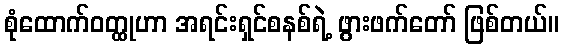
စုံထောက်ဝတ္ထုဟာ အရင်းရှင်စနစ်ရဲ့ ဖွားဖက်တော် ဖြစ်တယ်။